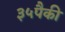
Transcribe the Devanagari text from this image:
३५पैकी